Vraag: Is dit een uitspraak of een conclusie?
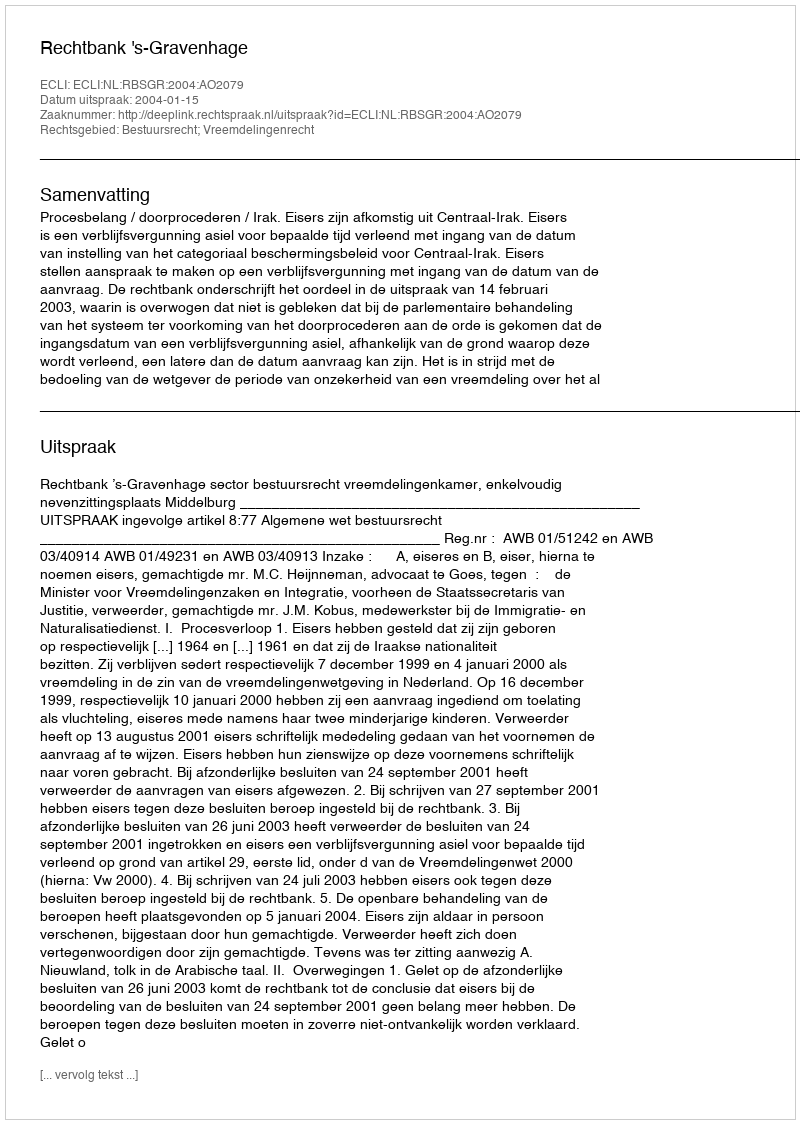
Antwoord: Uitspraak